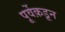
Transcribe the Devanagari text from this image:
पूर्वेक़डून